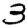
Digit: 3